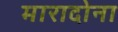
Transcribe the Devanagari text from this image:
मारादोना